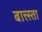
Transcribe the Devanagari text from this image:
बात्त्स्ता